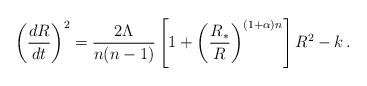
LaTeX: \begin{align*}\left({dR\over dt}\right)^2 = {2\Lambda\over n(n-1)}\left[1+\left({R_*\over R}\right)^{(1+\alpha)n}\right]R^2-k \,.\end{align*}